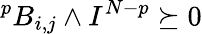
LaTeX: ^{p}B_{i,j}\wedge I^{N-p}\succeq 0